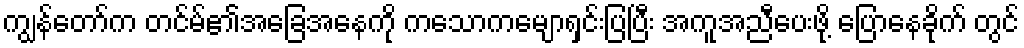
ကျွန်တော်က တင်မ်၏အခြေအနေကို ကသောကမျောရှင်းပြပြီး အကူအညီပေးဖို့ ပြောနေခိုက် တွင်